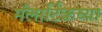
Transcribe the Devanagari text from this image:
मॅलार्टिकच्या